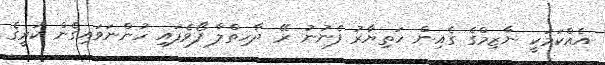
އެއްކަމަކީ ނާޒިމްގެ ގެއިން ހަތިޔާރު ފެނުނު ރޭ ދާހިތްލާ ފޯވެފައި ހުންނަވައިގެން ކުރީގެ